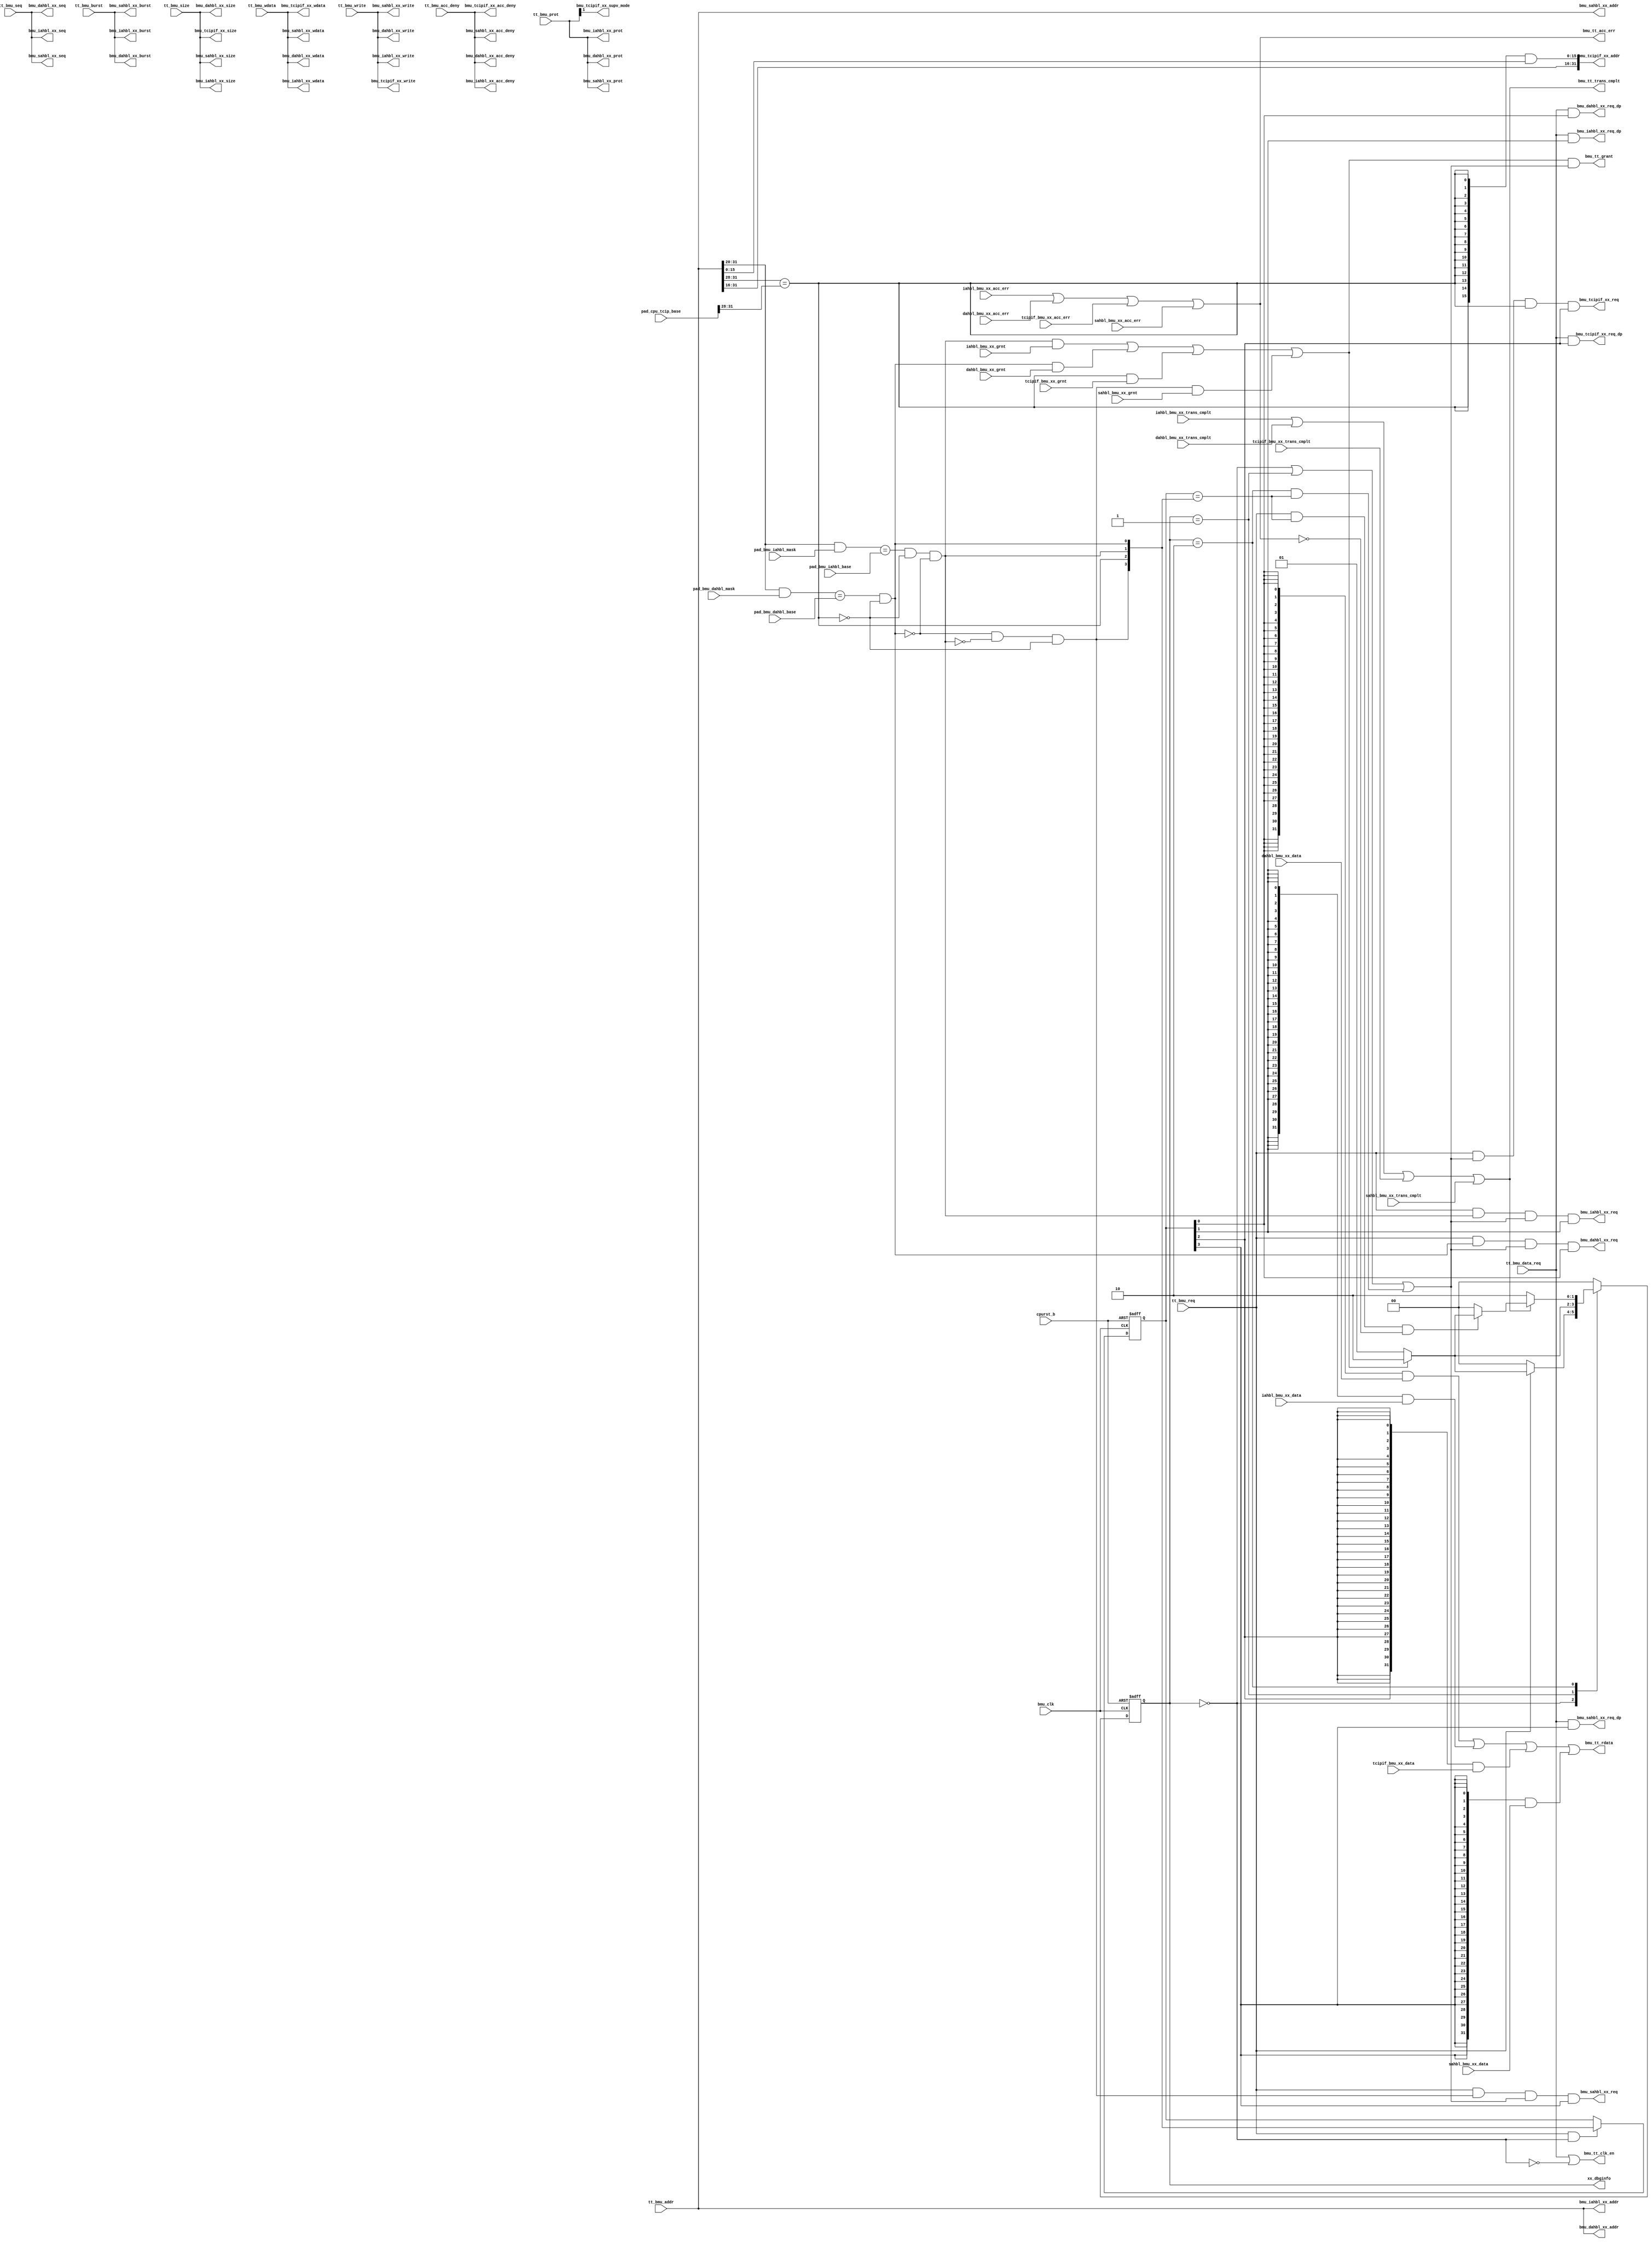
// This program was cloned from: https://github.com/T-head-Semi/opene906
// License: Apache License 2.0

/*Copyright 2020-2021 T-Head Semiconductor Co., Ltd.

Licensed under the Apache License, Version 2.0 (the "License");
you may not use this file except in compliance with the License.
You may obtain a copy of the License at

    http://www.apache.org/licenses/LICENSE-2.0

Unless required by applicable law or agreed to in writing, software
distributed under the License is distributed on an "AS IS" BASIS,
WITHOUT WARRANTIES OR CONDITIONS OF ANY KIND, either express or implied.
See the License for the specific language governing permissions and
limitations under the License.
*/
module pa_bmu_bus_if(
  bmu_clk,
  bmu_dahbl_xx_acc_deny,
  bmu_dahbl_xx_addr,
  bmu_dahbl_xx_burst,
  bmu_dahbl_xx_prot,
  bmu_dahbl_xx_req,
  bmu_dahbl_xx_req_dp,
  bmu_dahbl_xx_seq,
  bmu_dahbl_xx_size,
  bmu_dahbl_xx_wdata,
  bmu_dahbl_xx_write,
  bmu_iahbl_xx_acc_deny,
  bmu_iahbl_xx_addr,
  bmu_iahbl_xx_burst,
  bmu_iahbl_xx_prot,
  bmu_iahbl_xx_req,
  bmu_iahbl_xx_req_dp,
  bmu_iahbl_xx_seq,
  bmu_iahbl_xx_size,
  bmu_iahbl_xx_wdata,
  bmu_iahbl_xx_write,
  bmu_sahbl_xx_acc_deny,
  bmu_sahbl_xx_addr,
  bmu_sahbl_xx_burst,
  bmu_sahbl_xx_prot,
  bmu_sahbl_xx_req,
  bmu_sahbl_xx_req_dp,
  bmu_sahbl_xx_seq,
  bmu_sahbl_xx_size,
  bmu_sahbl_xx_wdata,
  bmu_sahbl_xx_write,
  bmu_tcipif_xx_acc_deny,
  bmu_tcipif_xx_addr,
  bmu_tcipif_xx_req,
  bmu_tcipif_xx_req_dp,
  bmu_tcipif_xx_size,
  bmu_tcipif_xx_supv_mode,
  bmu_tcipif_xx_wdata,
  bmu_tcipif_xx_write,
  bmu_tt_acc_err,
  bmu_tt_clk_en,
  bmu_tt_grant,
  bmu_tt_rdata,
  bmu_tt_trans_cmplt,
  cpurst_b,
  dahbl_bmu_xx_acc_err,
  dahbl_bmu_xx_data,
  dahbl_bmu_xx_grnt,
  dahbl_bmu_xx_trans_cmplt,
  iahbl_bmu_xx_acc_err,
  iahbl_bmu_xx_data,
  iahbl_bmu_xx_grnt,
  iahbl_bmu_xx_trans_cmplt,
  pad_bmu_dahbl_base,
  pad_bmu_dahbl_mask,
  pad_bmu_iahbl_base,
  pad_bmu_iahbl_mask,
  pad_cpu_tcip_base,
  sahbl_bmu_xx_acc_err,
  sahbl_bmu_xx_data,
  sahbl_bmu_xx_grnt,
  sahbl_bmu_xx_trans_cmplt,
  tcipif_bmu_xx_acc_err,
  tcipif_bmu_xx_data,
  tcipif_bmu_xx_grnt,
  tcipif_bmu_xx_trans_cmplt,
  tt_bmu_acc_deny,
  tt_bmu_addr,
  tt_bmu_burst,
  tt_bmu_data_req,
  tt_bmu_prot,
  tt_bmu_req,
  tt_bmu_seq,
  tt_bmu_size,
  tt_bmu_wdata,
  tt_bmu_write,
  xx_dbginfo
);

// &Ports; @25
input           bmu_clk;                  
input           cpurst_b;                 
input           dahbl_bmu_xx_acc_err;     
input   [31:0]  dahbl_bmu_xx_data;        
input           dahbl_bmu_xx_grnt;        
input           dahbl_bmu_xx_trans_cmplt; 
input           iahbl_bmu_xx_acc_err;     
input   [31:0]  iahbl_bmu_xx_data;        
input           iahbl_bmu_xx_grnt;        
input           iahbl_bmu_xx_trans_cmplt; 
input   [11:0]  pad_bmu_dahbl_base;       
input   [11:0]  pad_bmu_dahbl_mask;       
input   [11:0]  pad_bmu_iahbl_base;       
input   [11:0]  pad_bmu_iahbl_mask;       
input   [31:0]  pad_cpu_tcip_base;        
input           sahbl_bmu_xx_acc_err;     
input   [31:0]  sahbl_bmu_xx_data;        
input           sahbl_bmu_xx_grnt;        
input           sahbl_bmu_xx_trans_cmplt; 
input           tcipif_bmu_xx_acc_err;    
input   [31:0]  tcipif_bmu_xx_data;       
input           tcipif_bmu_xx_grnt;       
input           tcipif_bmu_xx_trans_cmplt; 
input           tt_bmu_acc_deny;          
input   [31:0]  tt_bmu_addr;              
input   [2 :0]  tt_bmu_burst;             
input           tt_bmu_data_req;          
input   [3 :0]  tt_bmu_prot;              
input           tt_bmu_req;               
input           tt_bmu_seq;               
input   [1 :0]  tt_bmu_size;              
input   [31:0]  tt_bmu_wdata;             
input           tt_bmu_write;             
output          bmu_dahbl_xx_acc_deny;    
output  [31:0]  bmu_dahbl_xx_addr;        
output  [2 :0]  bmu_dahbl_xx_burst;       
output  [3 :0]  bmu_dahbl_xx_prot;        
output          bmu_dahbl_xx_req;         
output          bmu_dahbl_xx_req_dp;      
output          bmu_dahbl_xx_seq;         
output  [1 :0]  bmu_dahbl_xx_size;        
output  [31:0]  bmu_dahbl_xx_wdata;       
output          bmu_dahbl_xx_write;       
output          bmu_iahbl_xx_acc_deny;    
output  [31:0]  bmu_iahbl_xx_addr;        
output  [2 :0]  bmu_iahbl_xx_burst;       
output  [3 :0]  bmu_iahbl_xx_prot;        
output          bmu_iahbl_xx_req;         
output          bmu_iahbl_xx_req_dp;      
output          bmu_iahbl_xx_seq;         
output  [1 :0]  bmu_iahbl_xx_size;        
output  [31:0]  bmu_iahbl_xx_wdata;       
output          bmu_iahbl_xx_write;       
output          bmu_sahbl_xx_acc_deny;    
output  [31:0]  bmu_sahbl_xx_addr;        
output  [2 :0]  bmu_sahbl_xx_burst;       
output  [3 :0]  bmu_sahbl_xx_prot;        
output          bmu_sahbl_xx_req;         
output          bmu_sahbl_xx_req_dp;      
output          bmu_sahbl_xx_seq;         
output  [1 :0]  bmu_sahbl_xx_size;        
output  [31:0]  bmu_sahbl_xx_wdata;       
output          bmu_sahbl_xx_write;       
output          bmu_tcipif_xx_acc_deny;   
output  [31:0]  bmu_tcipif_xx_addr;       
output          bmu_tcipif_xx_req;        
output          bmu_tcipif_xx_req_dp;     
output  [1 :0]  bmu_tcipif_xx_size;       
output          bmu_tcipif_xx_supv_mode;  
output  [31:0]  bmu_tcipif_xx_wdata;      
output          bmu_tcipif_xx_write;      
output          bmu_tt_acc_err;           
output          bmu_tt_clk_en;            
output          bmu_tt_grant;             
output  [31:0]  bmu_tt_rdata;             
output          bmu_tt_trans_cmplt;       
output  [1 :0]  xx_dbginfo;               

// &Regs; @26
reg     [1 :0]  bmu_cur_state;            
reg     [1 :0]  bmu_next_state;           
reg     [3 :0]  bus_sel_f;                

// &Wires; @27
wire            bmu_clk;                  
wire            bmu_dahbl_xx_acc_deny;    
wire    [31:0]  bmu_dahbl_xx_addr;        
wire    [2 :0]  bmu_dahbl_xx_burst;       
wire    [3 :0]  bmu_dahbl_xx_prot;        
wire            bmu_dahbl_xx_req;         
wire            bmu_dahbl_xx_req_dp;      
wire            bmu_dahbl_xx_seq;         
wire    [1 :0]  bmu_dahbl_xx_size;        
wire    [31:0]  bmu_dahbl_xx_wdata;       
wire            bmu_dahbl_xx_write;       
wire            bmu_iahbl_xx_acc_deny;    
wire    [31:0]  bmu_iahbl_xx_addr;        
wire    [2 :0]  bmu_iahbl_xx_burst;       
wire    [3 :0]  bmu_iahbl_xx_prot;        
wire            bmu_iahbl_xx_req;         
wire            bmu_iahbl_xx_req_dp;      
wire            bmu_iahbl_xx_seq;         
wire    [1 :0]  bmu_iahbl_xx_size;        
wire    [31:0]  bmu_iahbl_xx_wdata;       
wire            bmu_iahbl_xx_write;       
wire            bmu_sahbl_xx_acc_deny;    
wire    [31:0]  bmu_sahbl_xx_addr;        
wire    [2 :0]  bmu_sahbl_xx_burst;       
wire    [3 :0]  bmu_sahbl_xx_prot;        
wire            bmu_sahbl_xx_req;         
wire            bmu_sahbl_xx_req_dp;      
wire            bmu_sahbl_xx_seq;         
wire    [1 :0]  bmu_sahbl_xx_size;        
wire    [31:0]  bmu_sahbl_xx_wdata;       
wire            bmu_sahbl_xx_write;       
wire            bmu_tcipif_xx_acc_deny;   
wire    [31:0]  bmu_tcipif_xx_addr;       
wire            bmu_tcipif_xx_req;        
wire            bmu_tcipif_xx_req_dp;     
wire    [1 :0]  bmu_tcipif_xx_size;       
wire            bmu_tcipif_xx_supv_mode;  
wire    [31:0]  bmu_tcipif_xx_wdata;      
wire            bmu_tcipif_xx_write;      
wire            bmu_tt_acc_err;           
wire            bmu_tt_clk_en;            
wire            bmu_tt_grant;             
wire    [31:0]  bmu_tt_rdata;             
wire            bmu_tt_trans_cmplt;       
wire            bus_acc_err;              
wire            bus_cmplt;                
wire            bus_grant;                
wire    [3 :0]  bus_sel;                  
wire            bus_sel_same;             
wire            cpurst_b;                 
wire            dahbl_bmu_xx_acc_err;     
wire    [31:0]  dahbl_bmu_xx_data;        
wire            dahbl_bmu_xx_grnt;        
wire            dahbl_bmu_xx_trans_cmplt; 
wire            dahbl_hit;                
wire            dahbl_sel_pred;           
wire            iahbl_bmu_xx_acc_err;     
wire    [31:0]  iahbl_bmu_xx_data;        
wire            iahbl_bmu_xx_grnt;        
wire            iahbl_bmu_xx_trans_cmplt; 
wire            iahbl_hit;                
wire            iahbl_sel_pred;           
wire            new_req_en;               
wire    [11:0]  pad_bmu_dahbl_base;       
wire    [11:0]  pad_bmu_dahbl_mask;       
wire    [11:0]  pad_bmu_iahbl_base;       
wire    [11:0]  pad_bmu_iahbl_mask;       
wire    [31:0]  pad_cpu_tcip_base;        
wire            req_en;                   
wire            sahbl_bmu_xx_acc_err;     
wire    [31:0]  sahbl_bmu_xx_data;        
wire            sahbl_bmu_xx_grnt;        
wire            sahbl_bmu_xx_trans_cmplt; 
wire            sahbl_hit;                
wire            sahbl_sel_pred;           
wire            tcip_sel_pred;            
wire    [15:0]  tcipif_addr_low;          
wire            tcipif_bmu_xx_acc_err;    
wire    [31:0]  tcipif_bmu_xx_data;       
wire            tcipif_bmu_xx_grnt;       
wire            tcipif_bmu_xx_trans_cmplt; 
wire            tcipif_hit;               
wire            tt_bmu_acc_deny;          
wire    [31:0]  tt_bmu_addr;              
wire    [2 :0]  tt_bmu_burst;             
wire            tt_bmu_data_req;          
wire    [3 :0]  tt_bmu_prot;              
wire            tt_bmu_req;               
wire            tt_bmu_seq;               
wire    [1 :0]  tt_bmu_size;              
wire    [31:0]  tt_bmu_wdata;             
wire            tt_bmu_write;             
wire    [1 :0]  xx_dbginfo;               


//==========================================================
//      compare base address with ahbl base addr
//==========================================================
assign iahbl_hit = ((tt_bmu_addr[31:20] & pad_bmu_iahbl_mask[11:0]) == pad_bmu_iahbl_base[11:0])
                 & ~tcipif_hit & ~dahbl_hit;

assign dahbl_hit = ((tt_bmu_addr[31:20] & pad_bmu_dahbl_mask[11:0]) == pad_bmu_dahbl_base[11:0])
                 & ~tcipif_hit;

// &Force("input", "pad_cpu_tcip_base"); @47
// &Force("bus","pad_cpu_tcip_base",31,0); @48
// &Force("bus","tt_bmu_addr",31,0); @49
assign tcipif_hit = (tt_bmu_addr[31:28] == pad_cpu_tcip_base[31:28]);

assign sahbl_hit = ~dahbl_hit & ~iahbl_hit & ~tcipif_hit;

assign bus_sel[3:0] = {sahbl_hit,tcipif_hit,iahbl_hit,dahbl_hit};

//==========================================================
//      FSM
//==========================================================
parameter REQ = 2'b00;
parameter WFG = 2'b01;
parameter WFD = 2'b10;

always @(posedge bmu_clk or negedge cpurst_b)
begin
  if(!cpurst_b)
    bmu_cur_state[1:0] <= REQ;
  else
    bmu_cur_state[1:0] <= bmu_next_state[1:0];
end
// &CombBeg; @73
always @( bus_grant
       or bus_cmplt
       or bus_acc_err
       or bmu_cur_state[1:0]
       or bus_sel_same
       or tt_bmu_req)
begin
  case(bmu_cur_state[1:0])
    REQ: begin
      if (tt_bmu_req)
        bmu_next_state[1:0] = bus_grant ? WFD : WFG;
      else
        bmu_next_state[1:0] = REQ;
    end
    WFG:begin
      if (bus_grant)
        bmu_next_state[1:0] = WFD;
      else
        bmu_next_state[1:0] = WFG;
    end
    WFD: begin
      if (bus_cmplt)begin
        if (tt_bmu_req & bus_sel_same & !bus_acc_err)
          bmu_next_state[1:0] = bus_grant ? WFD : WFG;
        else
          bmu_next_state[1:0] = REQ;
      end
      else
        bmu_next_state[1:0] = WFD;
    end
    default: bmu_next_state[1:0] = REQ;
  endcase
// &CombEnd; @99
end

assign req_en = (bmu_cur_state[1:0] == REQ) |
                (bmu_cur_state[1:0] == WFG) |
                (bmu_cur_state[1:0] == WFD) & bus_sel_same;

assign new_req_en = (bmu_cur_state[1:0] == REQ);

always @(posedge bmu_clk or negedge cpurst_b)
begin
  if(!cpurst_b)
    bus_sel_f[3:0] <= 4'b0;
  else if (tt_bmu_req & new_req_en)
    bus_sel_f[3:0] <= bus_sel[3:0];
end
assign bus_sel_same = (bus_sel_f[3:0] == bus_sel[3:0]);

assign sahbl_sel_pred = bus_sel_f[3];
assign dahbl_sel_pred = bus_sel_f[0];
assign iahbl_sel_pred = bus_sel_f[1];
assign tcip_sel_pred  = bus_sel_f[2];
//==========================================================
//                interface
//==========================================================
//input
assign bus_grant   = iahbl_hit & iahbl_bmu_xx_grnt  |
                     dahbl_hit & dahbl_bmu_xx_grnt  |
                     tcipif_hit & tcipif_bmu_xx_grnt |
                     sahbl_hit & sahbl_bmu_xx_grnt;
assign bus_cmplt   = iahbl_bmu_xx_trans_cmplt  |
                     dahbl_bmu_xx_trans_cmplt  |
                     tcipif_bmu_xx_trans_cmplt |
                     sahbl_bmu_xx_trans_cmplt;
assign bus_acc_err = iahbl_bmu_xx_acc_err |
                     dahbl_bmu_xx_acc_err |
                     tcipif_bmu_xx_acc_err|
                     sahbl_bmu_xx_acc_err;

assign bmu_tt_grant       = bus_grant & req_en;
assign bmu_tt_trans_cmplt = bus_cmplt;
assign bmu_tt_acc_err     = bus_acc_err;
assign bmu_tt_rdata[31:0] = ({32{bus_sel_f[0]}} & dahbl_bmu_xx_data[31:0])  |
                            ({32{bus_sel_f[1]}} & iahbl_bmu_xx_data[31:0])  |
                            ({32{bus_sel_f[2]}} & tcipif_bmu_xx_data[31:0]) |
                            ({32{bus_sel_f[3]}} & sahbl_bmu_xx_data[31:0]);

//--------------------------------------
//output
//--------------------------------------
//interface to ILITE
assign bmu_iahbl_xx_req         = tt_bmu_req & iahbl_hit & req_en & iahbl_sel_pred;
assign bmu_iahbl_xx_req_dp      = tt_bmu_data_req & iahbl_sel_pred;
assign bmu_iahbl_xx_acc_deny    = tt_bmu_acc_deny;
assign bmu_iahbl_xx_size[1:0]   = tt_bmu_size[1:0];
assign bmu_iahbl_xx_addr[31:0]  = tt_bmu_addr[31:0];
assign bmu_iahbl_xx_prot[3:0]   = tt_bmu_prot[3:0]; 
assign bmu_iahbl_xx_write       = tt_bmu_write;
assign bmu_iahbl_xx_wdata[31:0] = tt_bmu_wdata[31:0];
assign bmu_iahbl_xx_seq         = tt_bmu_seq;
assign bmu_iahbl_xx_burst[2:0]  = tt_bmu_burst[2:0];

//interface to DL
assign bmu_dahbl_xx_req         = tt_bmu_req & dahbl_hit & req_en & dahbl_sel_pred;
assign bmu_dahbl_xx_req_dp      = tt_bmu_data_req & dahbl_sel_pred;
assign bmu_dahbl_xx_acc_deny    = tt_bmu_acc_deny;
assign bmu_dahbl_xx_size[1:0]   = tt_bmu_size[1:0];
assign bmu_dahbl_xx_addr[31:0]  = tt_bmu_addr[31:0];
assign bmu_dahbl_xx_prot[3:0]   = tt_bmu_prot[3:0]; 
assign bmu_dahbl_xx_write       = tt_bmu_write;
assign bmu_dahbl_xx_wdata[31:0] = tt_bmu_wdata[31:0];
assign bmu_dahbl_xx_seq         = tt_bmu_seq;
assign bmu_dahbl_xx_burst[2:0]  = tt_bmu_burst[2:0];

//tcipif
assign bmu_tcipif_xx_req         = tt_bmu_req & req_en & tcipif_hit & tcip_sel_pred;
assign bmu_tcipif_xx_req_dp      = tt_bmu_data_req & tcip_sel_pred;
assign bmu_tcipif_xx_acc_deny    = tt_bmu_acc_deny;
assign bmu_tcipif_xx_write       = tt_bmu_write;
assign bmu_tcipif_xx_size[1:0]   = tt_bmu_size[1:0];
assign bmu_tcipif_xx_supv_mode   = tt_bmu_prot[1];
assign bmu_tcipif_xx_wdata[31:0] = tt_bmu_wdata[31:0];
assign bmu_tcipif_xx_addr[31:0]  = {tt_bmu_addr[31:16], tcipif_addr_low[15:0]};
assign tcipif_addr_low[15:0]       = {16{tcipif_hit}} & tt_bmu_addr[15:0];

//sahbl
assign bmu_sahbl_xx_req         = tt_bmu_req & sahbl_hit & req_en & sahbl_sel_pred;
assign bmu_sahbl_xx_req_dp      = tt_bmu_data_req & sahbl_sel_pred;
assign bmu_sahbl_xx_acc_deny    = tt_bmu_acc_deny;
assign bmu_sahbl_xx_size[1:0]   = tt_bmu_size[1:0];
assign bmu_sahbl_xx_addr[31:0]  = tt_bmu_addr[31:0];
assign bmu_sahbl_xx_prot[3:0]   = tt_bmu_prot[3:0]; 
assign bmu_sahbl_xx_write       = tt_bmu_write;
assign bmu_sahbl_xx_wdata[31:0] = tt_bmu_wdata[31:0];
assign bmu_sahbl_xx_seq         = tt_bmu_seq;
assign bmu_sahbl_xx_burst[2:0]  = tt_bmu_burst[2:0];

assign bmu_tt_clk_en = tt_bmu_data_req | ~(bmu_cur_state[1:0] == REQ);

assign xx_dbginfo[1:0] = bmu_cur_state[1:0];

// &ModuleEnd; @227
endmodule